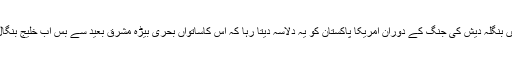
اسی طرح 1971میں بنگلہ دیش کی جنگ کے دوران امریکا پاکستان کو یہ دلاسہ دیتا رہا کہ اس کاساتواں بحری بیڑہ مشرق بعید سے بس اب خلیج بنگال پہنچا ہی چاہتا ہے۔